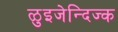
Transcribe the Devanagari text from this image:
ळुइजेन्दिज्क